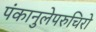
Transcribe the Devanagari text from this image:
पंकानुलेपरुचिरो